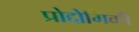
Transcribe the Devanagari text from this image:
प्रोद्दोगिकी